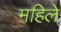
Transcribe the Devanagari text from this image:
महिले